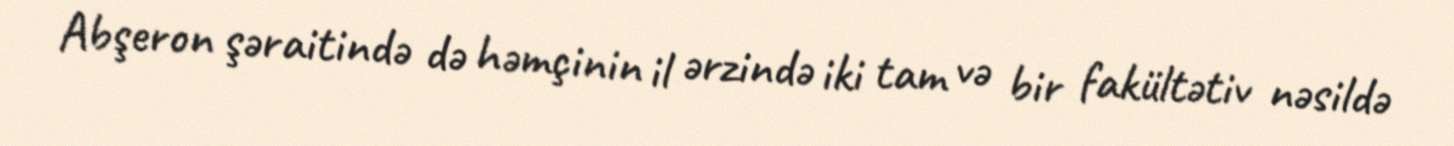
Abşeron şəraitində də həmçinin il ərzində iki tam və bir fakültətiv nəsildə